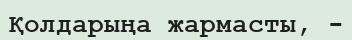
Қолдарыңа жармасты, -